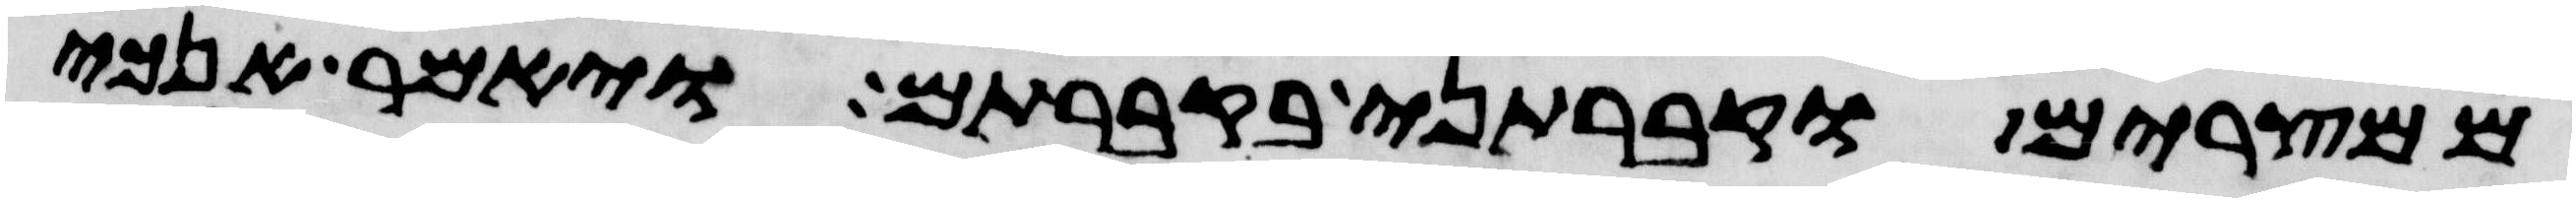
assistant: ממצרים וקברתני בקברתם ויאמר אנכי